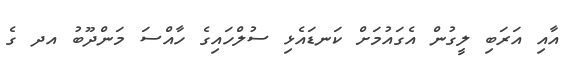
އާއި އަރަބި ލީގުން އެގައުމަށް ކަނޑައެޅި ސުލްހައިގެ ހާއްސަ މަންދޫބު އދ ގެ